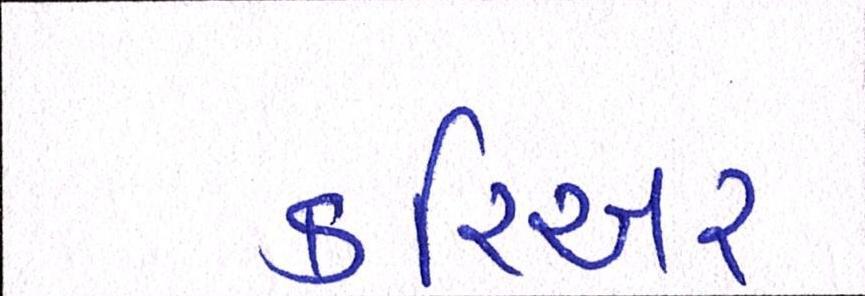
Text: કરિયર